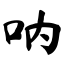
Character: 呐